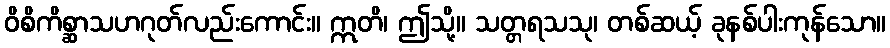
ဝိစိကိစ္ဆာသဟဂုတ်လည်းကောင်း။ ဣတိ၊ ဤသို့။ သတ္တရသသု၊ တစ်ဆယ့် ခုနစ်ပါးကုန်သော။